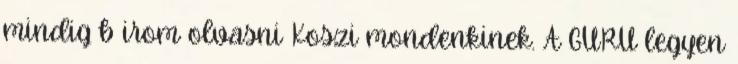
mindig b irom olvasni Koszi mondenkinek. A GURU legyen